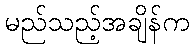
မည်သည့်အချိန်က